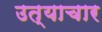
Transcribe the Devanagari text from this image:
उत्याचार